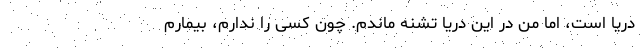
دریا است، اما من در این دریا تشنه ماندم. چون کسی را ندارم، بیمارم